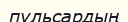
пульсардың